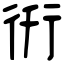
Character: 𧗤